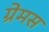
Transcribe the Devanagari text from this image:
ग्रेमस